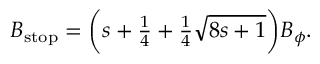
\begin{array} { r } { B _ { \mathrm { s t o p } } = \biggl ( s + \frac { 1 } { 4 } + \frac { 1 } { 4 } \sqrt { 8 s + 1 } \biggr ) B _ { \phi } . } \end{array}